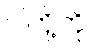
ငါတို့ကို